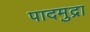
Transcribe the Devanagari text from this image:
पादमुद्रा